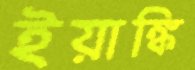
ইয়াঙ্কি